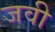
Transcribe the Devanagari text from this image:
जवी